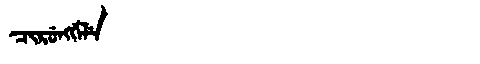
Manchu: ᠴᡳᡵᡠᠩᡤᡝᠯᡝ
Romanization: CIRUNGGELE